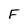
Character: F